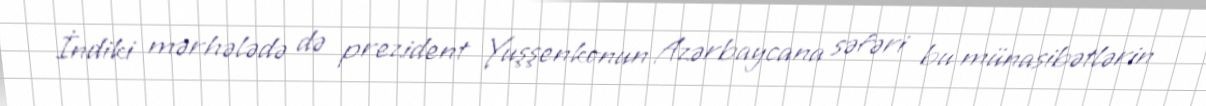
İndiki mərhələdə də prezident Yuşşenkonun Azərbaycana səfəri bu münasibətlərin